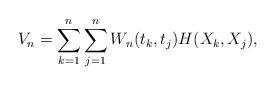
LaTeX: \begin{align*} V_n=\sum_{k=1}^n\sum_{j=1}^nW_n(t_k,t_j)H(X_k,X_j),\end{align*}